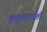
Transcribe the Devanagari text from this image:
झाडूवाल्यांशी